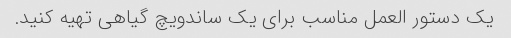
یک دستور العمل مناسب برای یک ساندویچ گیاهی تهیه کنید.